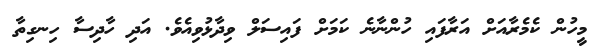
މީހުން ކެމެރާއަށް އަރާފައި ހުންނާނެ ކަމަށް ފައިސަލް ވިދާޅުވިއެވެ. އަދި ހާދިސާ ހިނގިތާ